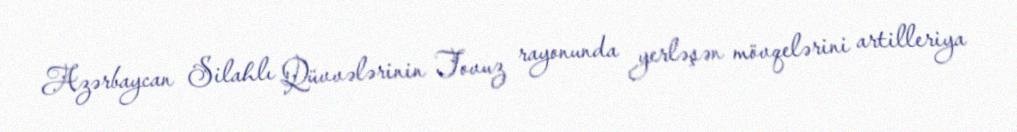
Azərbaycan Silahlı Qüvvələrinin Tovuz rayonunda yerləşən mövqelərini artilleriya